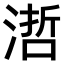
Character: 𣻂